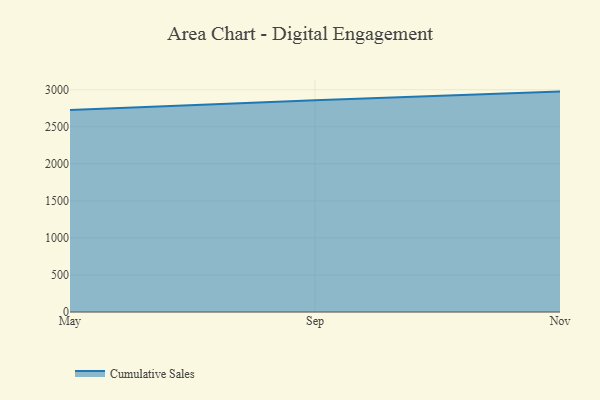
{"axis": {"x": "Month", "y": "Humidity (%)"}, "legend": ["Cumulative Sales"], "data": [{"x": "May", "y": 2725.7, "type": "Cumulative Sales"}, {"x": "Sep", "y": 2857.6, "type": "Cumulative Sales"}, {"x": "Nov", "y": 2974.3, "type": "Cumulative Sales"}]}